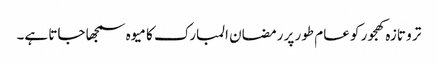
تر و تازہ کھجور کو عام طور پر رمضان المبارک کا میوہ سمجھا جاتا ہے۔